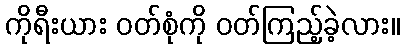
ကိုရီးယား ဝတ်စုံကို ဝတ်ကြည့်ခဲ့လား။